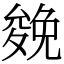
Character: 𠬍